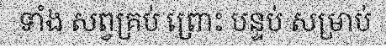
ទាំង សព្វគ្រប់ ព្រោះ បន្ទប់ សម្រាប់